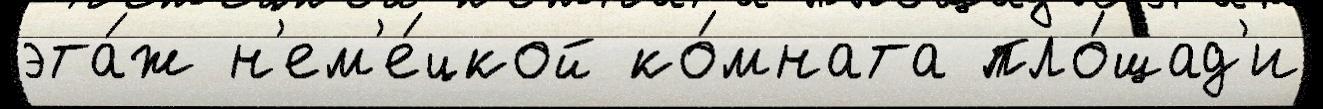
эта́ж н'ем'е́цкой ко́мната пло́щад'и